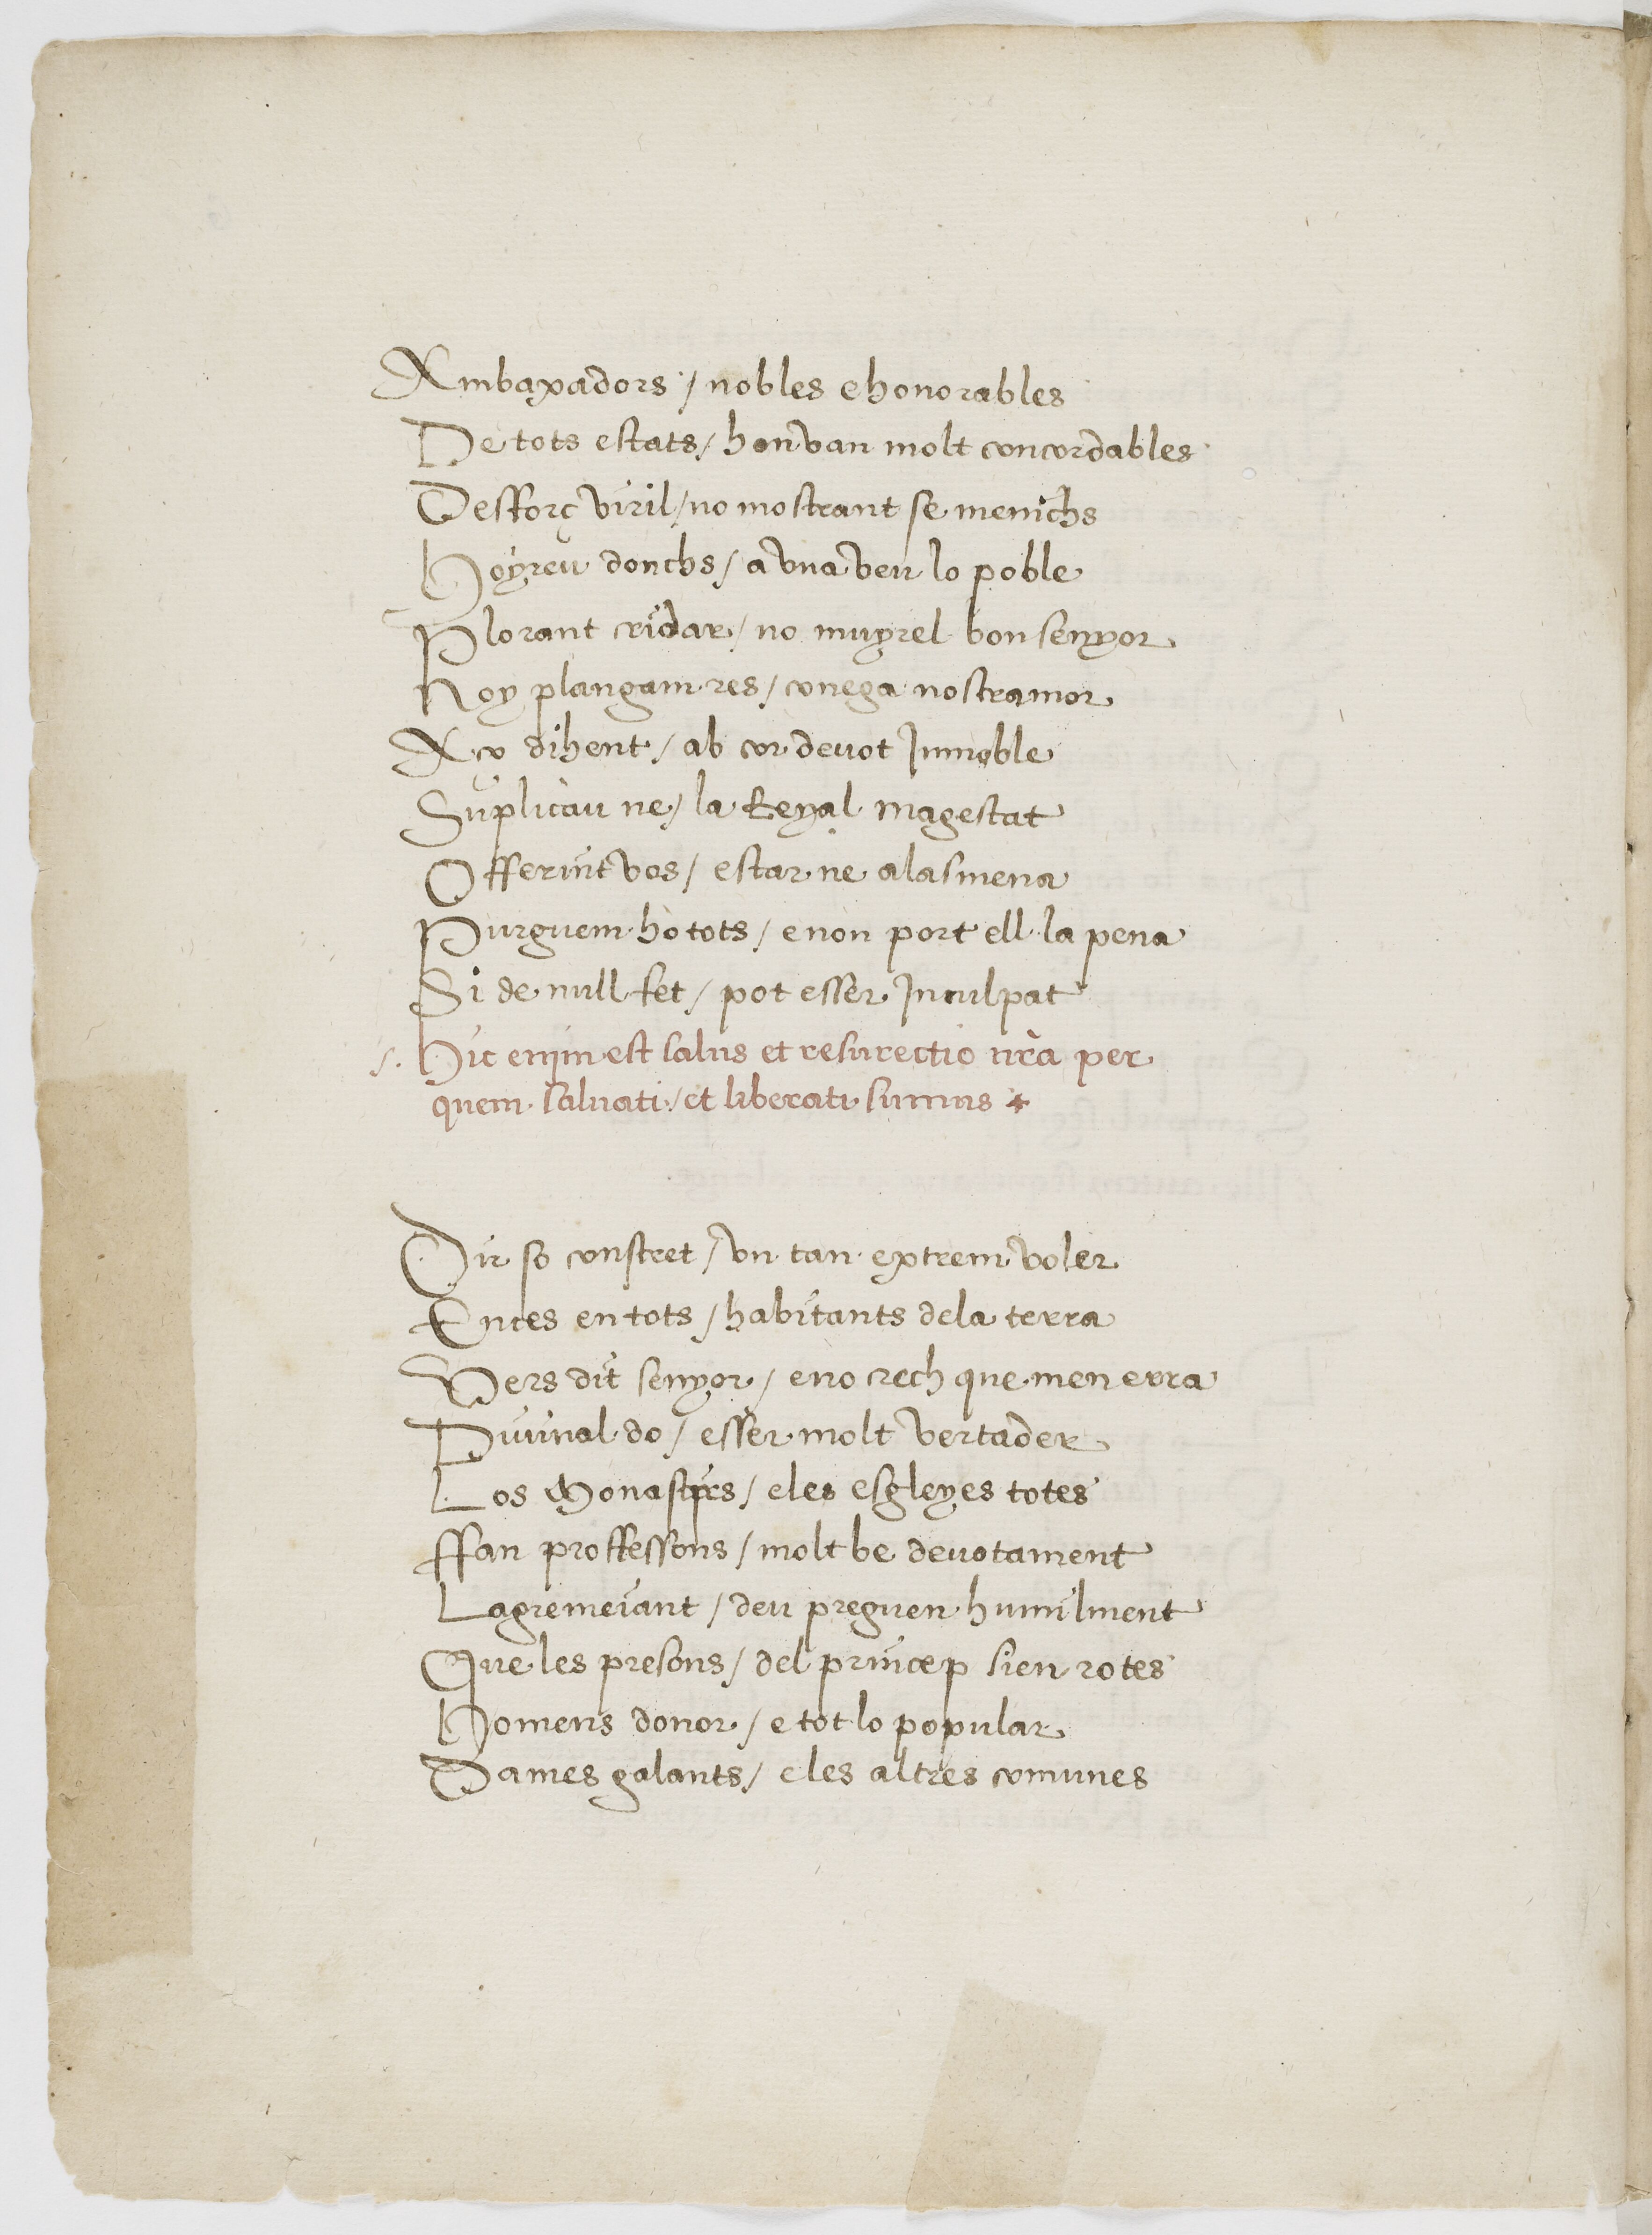
Shelfmark: Paris, BnF, esp. 225
Century: 16